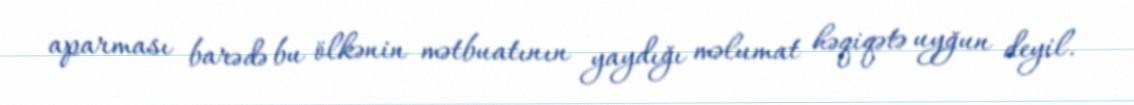
aparması barədə bu ölkənin mətbuatının yaydığı məlumat həqiqətə uyğun deyil.